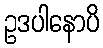
ဥဒပါနောပိ